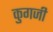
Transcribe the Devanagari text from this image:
कुगजी